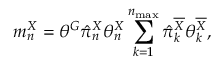
m _ { n } ^ { X } = \theta ^ { G } \hat { \pi } _ { n } ^ { X } \theta _ { n } ^ { X } \sum _ { k = 1 } ^ { n _ { \operatorname* { m a x } } } \hat { \pi } _ { k } ^ { \overline { { X } } } \theta _ { k } ^ { \overline { { X } } } ,